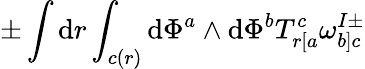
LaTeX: \pm\int\mathrm{d}r\int_{c(r)}\mathrm{d}\Phi^{a}\wedge\mathrm{d}\Phi^{b}T_{r[a}^{c}\omega_{b]c}^{I\pm}